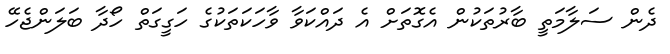
ދެން ސަލާމަތީ ބާރުތަކުން އެގޮތަށް އެ ދައްކަވާ ވާހަކަތަކުގެ ހަގީގަތް ހޯދާ ބަލަންޖެހޭ